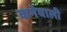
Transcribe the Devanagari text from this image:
कनेवाली